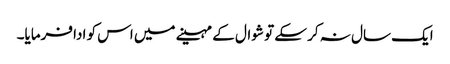
ایک سال نہ کر سکے تو شوال کے مہینے میں اس کو ادا فرمایا۔